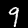
Digit: 9